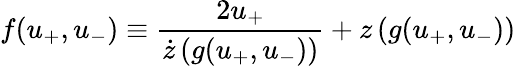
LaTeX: f(u_{+},u_{-})\equiv\frac{2u_{+}}{\dot{z}\left(g(u_{+},u_{-})\right)}+z\left(g(u_{+},u_{-})\right)